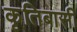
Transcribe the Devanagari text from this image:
कृतिबासी